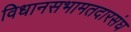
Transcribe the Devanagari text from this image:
विधानसभामतदारसंघ